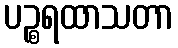
ပဉ္စရထာသတာ